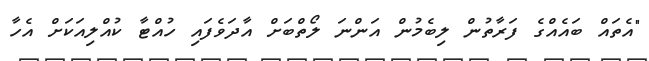
"އެތައް ބައެއްގެ ފަރާތުން ލިބެމުން އަންނަ ލޯތްބަށް އާދަވެފައި ހުއްޓާ ކުއްލިއަކަށް އެހާ